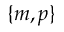
\{ m , p \}